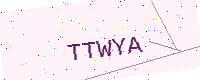
Text: TTWYA